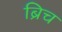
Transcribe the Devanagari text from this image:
ब्रिच